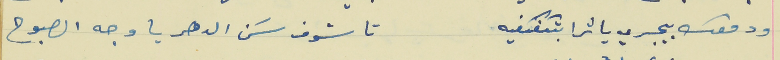
ودمعك بيجري يا ترا بتكفكفيه                              تاشوف سَن الدهر يا وجه الصبوح